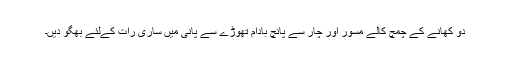
دو کھانے کے چمچ کالے مسور اور چار سے پانچ بادام تھوڑے سے پانی میں ساری رات کےلئے بھگو دیں۔